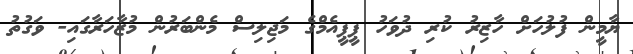
ޔާމީން ފުލުހަށް ހާޒިރު ކުރި ދުވަހު ޕީޕީއެމްގެ މަޖިލިސް މެންބަރުން މުޒާހަރާގައި- ވަގުތު